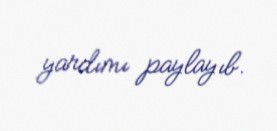
yardımı paylayıb.